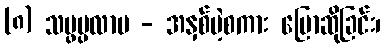
(၈) သပ္ဖပ္ပလာပ - အနှစ်မဲ့စကား ပြောဆိုခြင်း၊